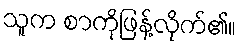
သူက စာကိုဖြန့်လိုက်၏။